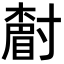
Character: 𡭌